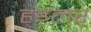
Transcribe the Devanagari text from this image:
हइलर